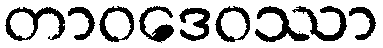
တာဝဒေဝဿာ